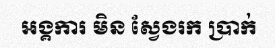
អង្គការ មិន ស្វែងរក ប្រាក់